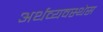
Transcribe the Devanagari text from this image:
अर्थव्यवस्थेस